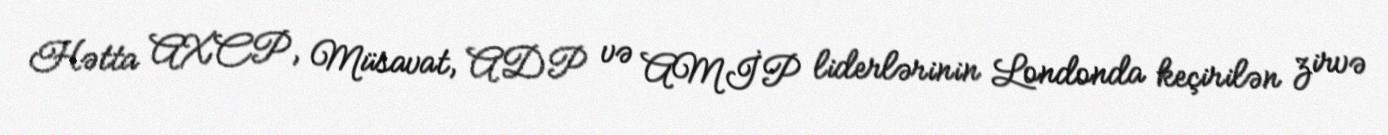
Hətta AXCP, Müsavat, ADP və AMİP liderlərinin Londonda keçirilən zirvə